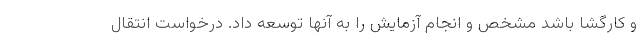
و کارگشا باشد مشخص و انجام آزمایش را به آنها توسعه داد. درخواست انتقال